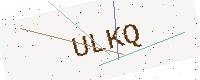
Text: ULKQ